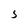
Character: 5